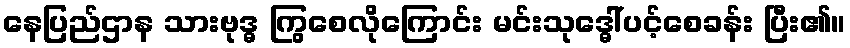
နေပြည်ဌာန သားဗုဒ္ဓ ကြွစေလိုကြောင်း မင်းသုဒ္ဓေါ်ပင့်စေခန်း ပြီး၏။